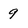
Character: 9